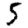
Digit: 5